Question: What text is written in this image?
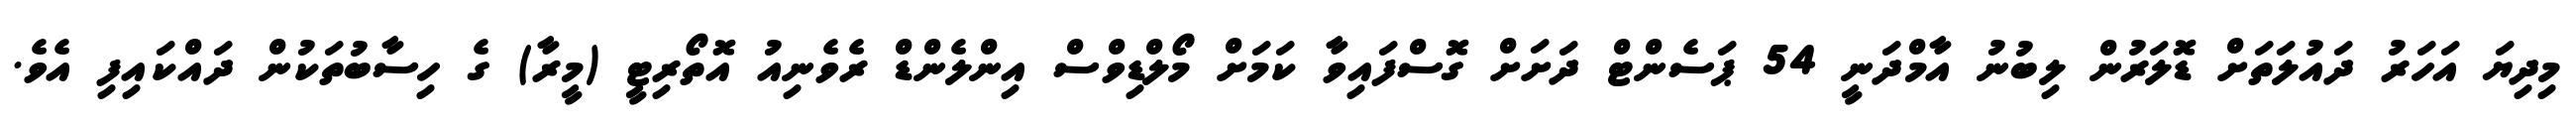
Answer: މިދިޔަ އަހަރު ދައުލަތަށް ޑޮލަރުން ލިބުނު އާމްދަނީ 54 ޕަސެންޓް ދަށަށް ގޮސްފައިވާ ކަމަށް މޯލްޑިވްސް އިންލެންޑް ރެވެނިއު އޮތޯރިޓީ (މީރާ) ގެ ހިސާބުތަކުން ދައްކައިފި އެވެ.